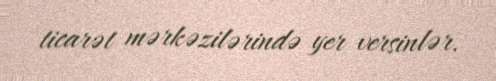
ticarət mərkəzilərində yer versinlər.